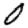
Digit: 0